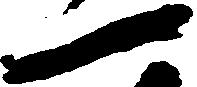
一